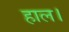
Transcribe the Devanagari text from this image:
हाल।